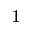
^ 1